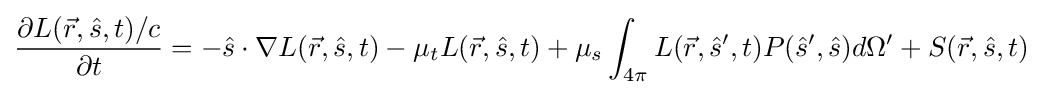
{\frac {\partial L({\vec {r}},{\hat {s}},t)/c}{\partial t}}=-{\hat {s}}\cdot \nabla L({\vec {r}},{\hat {s}},t)-\mu _{t}L({\vec {r}},{\hat {s}},t)+\mu _{s}\int _{4\pi }L({\vec {r}},{\hat {s}}',t)P({\hat {s}}',{\hat {s}})d\Omega '+S({\vec {r}},{\hat {s}},t)